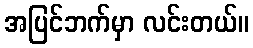
အပြင်ဘက်မှာ လင်းတယ်။